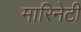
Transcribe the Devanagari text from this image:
मारिनेटी